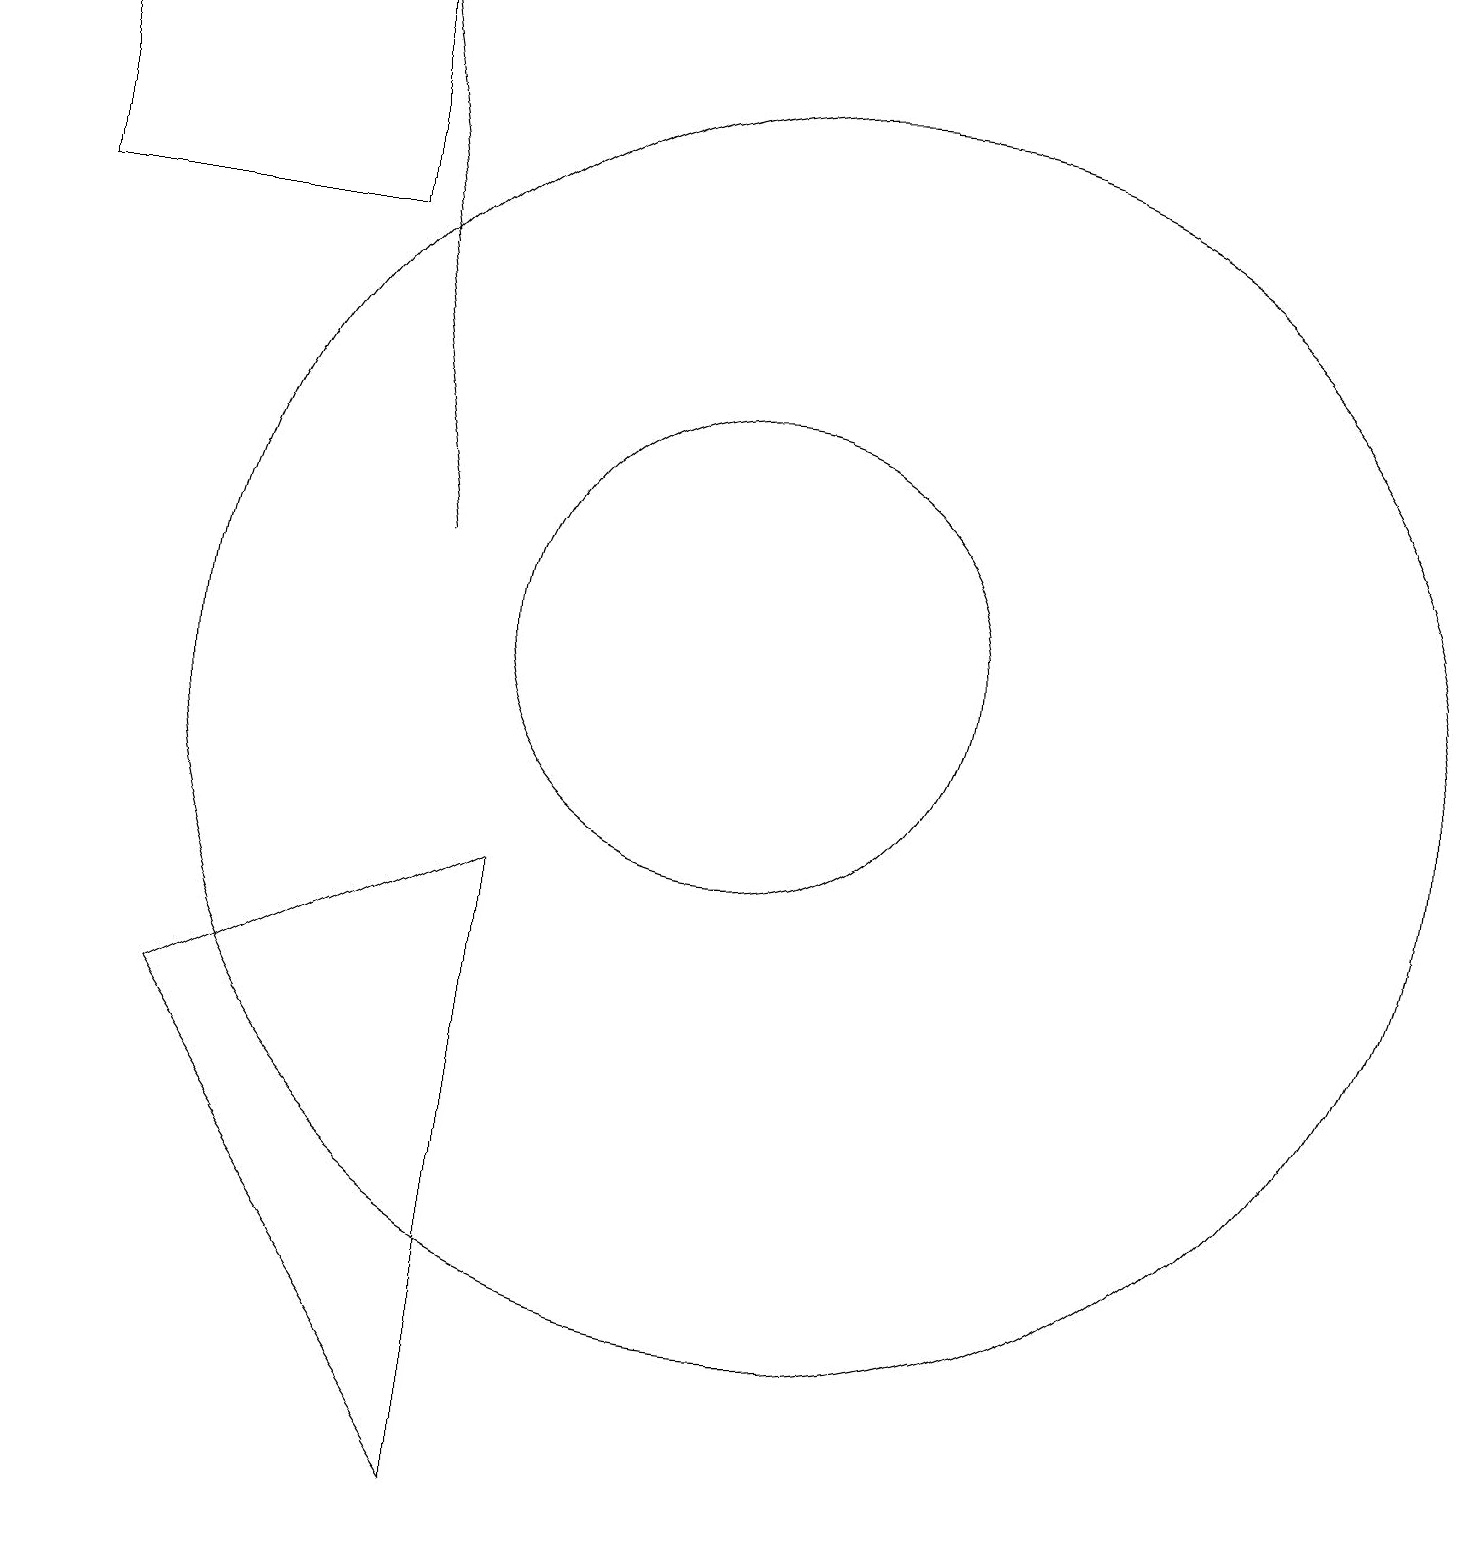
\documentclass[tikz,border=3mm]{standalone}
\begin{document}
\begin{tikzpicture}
\draw (5,19) rectangle (1,16);
\draw[->] (6,12) -- (5,19);
\draw (3,6) -- (7,8) -- (7,0) -- cycle;
\draw (10,11) circle (3);
\draw (11,10) circle (8);
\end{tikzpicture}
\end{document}